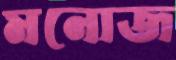
মনোজ